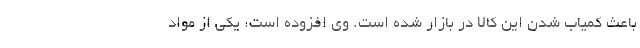
باعث کمیاب شدن این کالا در بازار شده است. وی افزوده است: یکی از مواد